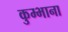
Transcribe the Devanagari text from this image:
कुम्भाना